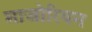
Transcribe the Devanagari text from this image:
माजोरियन